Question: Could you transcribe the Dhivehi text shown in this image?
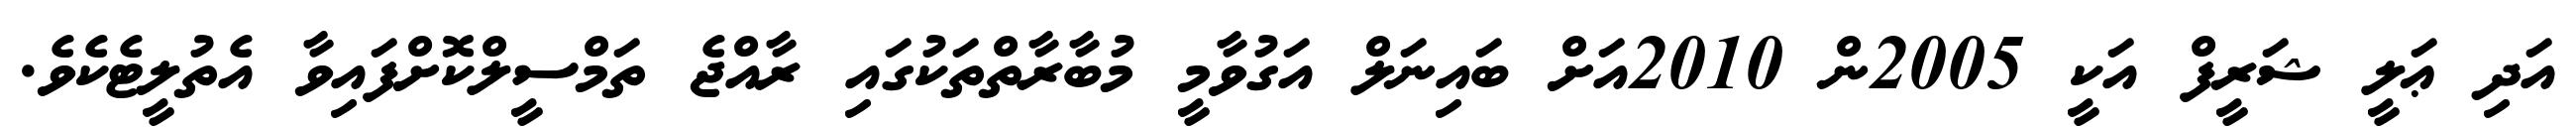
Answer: އަދި ޢަލީ ޝަރީފް އަކީ 2005ން 2010އަށް ބައިނަލް އަގުވާމީ މުބާރާތްތަކުގައި ރާއްޖެ ތަމްސީލްކޮށްފައިވާ އެތުލީޓެކެވެ.